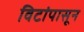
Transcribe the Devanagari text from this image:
विटांपासून